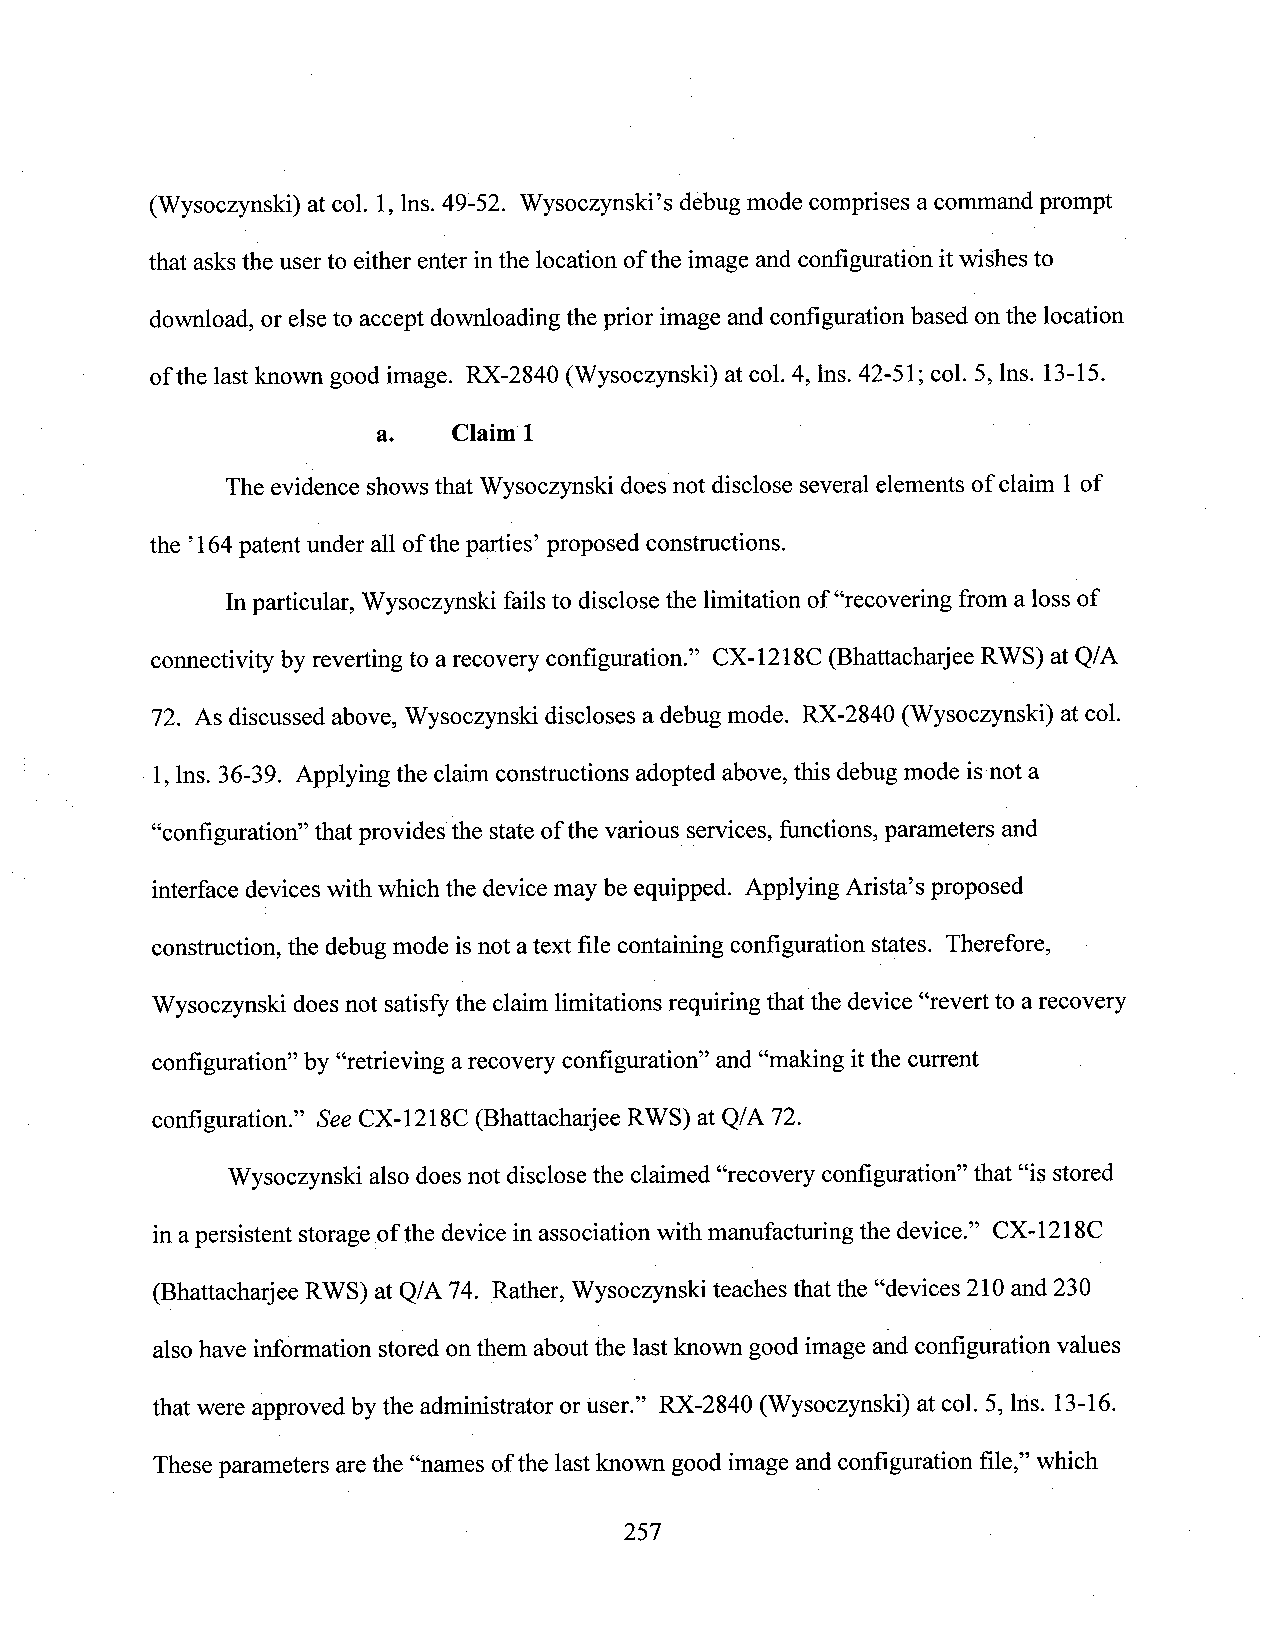
(Wysoczynski) at col. 1,lns. 49-52. Wysoczynski’s debug mode comprises acommand prompt
 that asks the userto either enterinthe location ofthe image and configuration itwishes to
 download, or else to accept downloading the prior image and configuration based on the location
 ofthe last known good image. RX-2840 (Wysoczynski) atcol. 4, lns.42-51; col. 5, lns. 13-15.
 a.   Claim 1
 The evidence shows that Wysoczynski does not disclose severalelements of claim 1of
 the ’164patent under all ofthe parties’ proposed constructions.
 Inparticular, Wysoczynski failsto disclose the limitation of“recovering from a loss of
 connectivity by reverting to arecovery configuration.” CX-1218C (Bhattacharjee RWS) at Q/A
 72. As discussed above, Wysoczynski discloses a debug mode. RX-2840 (Wysoczynski) at col.
 1,lns. 36-39. Applying the claim constructions adopted above, this debug mode is not a
 “configuration” that provides the stateofthe various services, functions, parameters and
 interface devices with which the devicemay be equipped. Applying Arista’s proposed
 construction, the debug mode isnot atext file containing configuration states. Therefore,
 Wysoczynski does not satisfy the claim limitations requiring that the device“revert to arecovery
 configuration” by “retrieving arecovery configuration” and “making itthe current
 configuration.” SeeCX-1218C (Bhattacharjee RWS) at Q/A 72.
 Wysoczynski also does not disclose the claimed “recovery configuration” that “is stored
 inapersistent storage ofthe device inassociation with manufacturing the device.” CX-1218C
 (Bhattacharjee RWS) at Q/A 74. Rather, Wysoczynski teaches that the “devices 210 and 230
 alsohave information stored onthem aboutthe last known good image and configuration values
 that were approved by the administrator oruser.” RX-2840 (Wysoczynski) at col. 5, lns. 13-16.
 Theseparameters are the “names ofthe lastknown good image and configuration file,” which
 .                          257